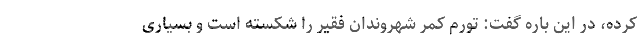
کرده، در این باره گفت: تورم کمر شهروندان فقیر را شکسته است و بسیاری